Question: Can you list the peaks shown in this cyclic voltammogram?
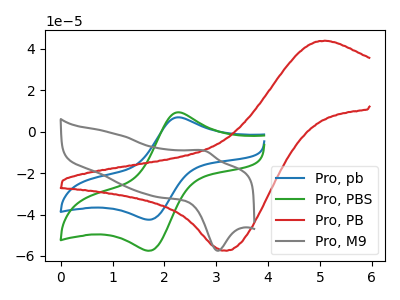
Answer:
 <answer>The blue curve "Pro, pb" has an anodic peak at (2.25V, 6.80uA) and a cathodic peak at (1.70V, -42.50uA). The green curve "Pro, PBS" has an anodic peak at (2.25V, 9.25uA) and a cathodic peak at (1.70V, -57.50uA). The red curve "Pro, PB" has an anodic peak at (5.10V, 43.75uA) and a cathodic peak at (3.20V, -57.45uA). The gray curve "Pro, M9" has an anodic peak at (2.80V, -9.40uA) and a cathodic peak at (3.05V, -57.50uA).</answer>
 <eval></eval>